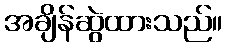
အချိန်ဆွဲထားသည်။